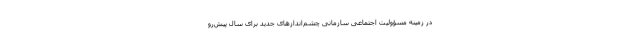
در زمینه مسؤولیت اجتماعی سازمانی چشم‌اندازهای جدید برای سال پیش‌رو